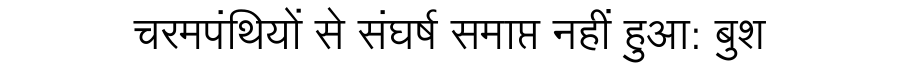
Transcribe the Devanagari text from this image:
चरमपंथियों से संघर्ष समाप्त नहीं हुआ: बुश